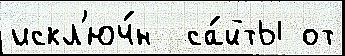
искл'юч́н  са́йты от